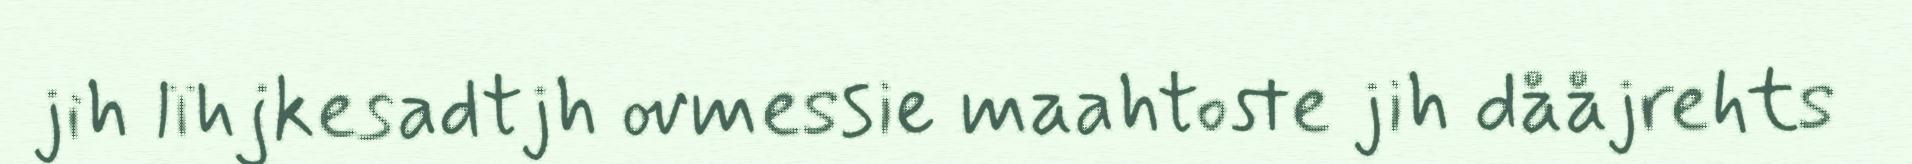
jih lïhjkesadtjh ovmessie maahtoste jih dååjrehts